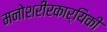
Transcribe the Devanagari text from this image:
मनोशरीरकार्यिकी